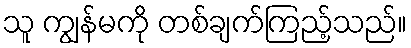
သူ ကျွန်မကို တစ်ချက်ကြည့်သည်။